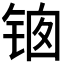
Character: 𰾊